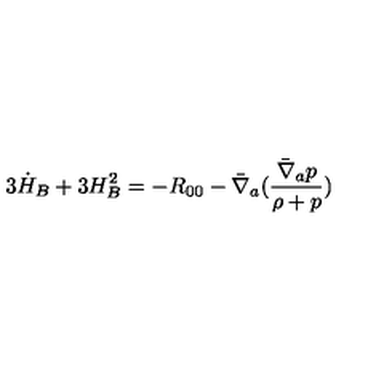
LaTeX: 3 \dot { H } _ { B } + 3 H _ { B } ^ { 2 } = - R _ { 0 0 } - \bar { \nabla } _ { a } ( \frac { \bar { \nabla } _ { a } p } { \rho + p } )